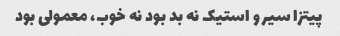
پیتزا سیر و استیک نه بد بود نه خوب، معمولی بود